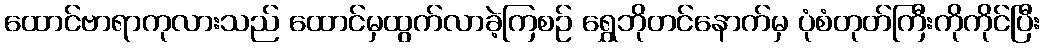
ထောင်ဗာရာကုလားသည် ထောင်မှထွက်လာခဲ့ကြစဉ် ရွှေဘိုတင်နောက်မှ ပုံစံတုတ်ကြီးကိုကိုင်ပြီး